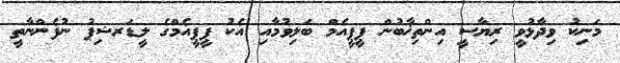
މަނިކު ވިދާޅުވީ ރިޔާސީ އިންތިޚާބުން ޕީޕީއެމް ބަލިވުމާއި އެކު ޕީޕީއެމްގެ ލީޑަރޝިޕު ނުފެންނާތީ